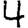
Digit: 4